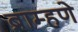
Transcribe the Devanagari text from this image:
ब्राम्हणे